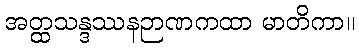
အတ္ထသန္ဒဿနဉာဏကထာ မာတိကာ။